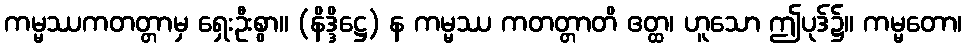
ကမ္မဿကတတ္တာမှ ရှေးဦးစွာ။ (နိဒ္ဒိဋ္ဌေ) န ကမ္မဿ ကတတ္တာတိ ဧတ္ထ၊ ဟူသော ဤပုဒ်၌။ ကမ္မတော၊